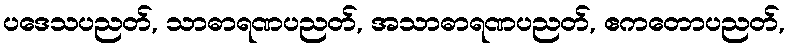
ပဒေသပညတ်, သာဓာရဏပညတ်, အသာဓာရဏပညတ်, ဧကတောပညတ်,